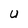
Character: U